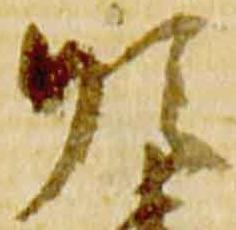
順